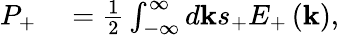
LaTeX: \begin{array}{rl}{P_{+}}&{{}=\frac{1}{2}\int_{-\infty}^{\infty}d\mathbf{k}s_{+}E_{+}\left(\mathbf{k}\right),}\end{array}